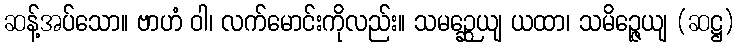
ဆန့်အပ်သော။ ဗာဟံ ဝါ၊ လက်မောင်းကိုလည်း။ သမဉ္ဆေယျ ယထာ၊ သမိဉ္ဇေယျ (ဆဋ္ဌ)